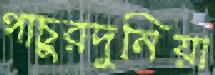
পাচুরদুনিয়া